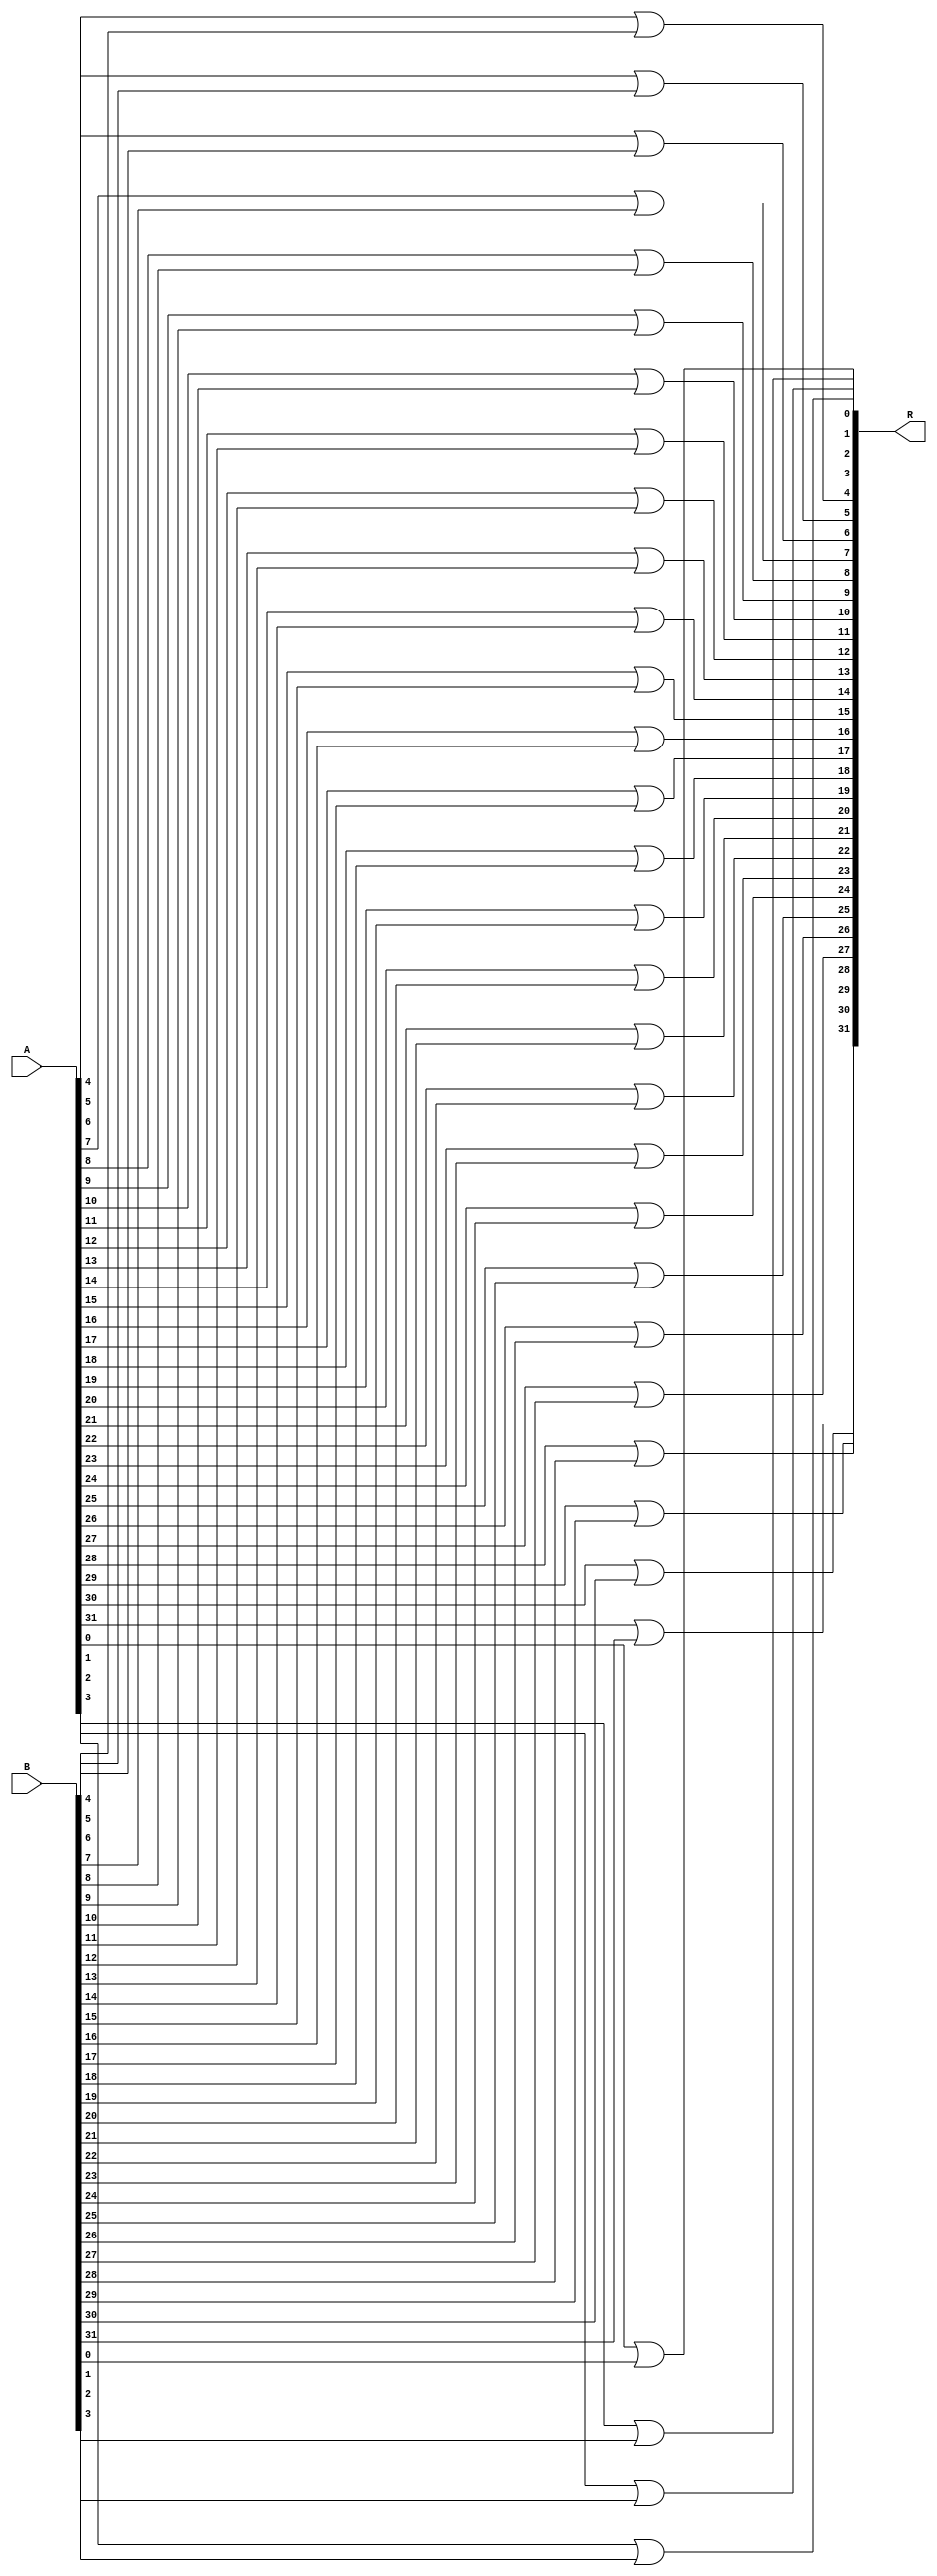
module orop(R, A, B);
   output [31:0] R;  // Result.
   input [31:0]  A;  // Operand
   input [31:0]  B;  // Operand.

   or(R[0], A[0], B[0]);
   or(R[1], A[1], B[1]);
   or(R[2], A[2], B[2]);
   or(R[3], A[3], B[3]);
   or(R[4], A[4], B[4]);
   or(R[5], A[5], B[5]);
   or(R[6], A[6], B[6]);
   or(R[7], A[7], B[7]);
   or(R[8], A[8], B[8]);
   or(R[9], A[9], B[9]);
   or(R[10], A[10], B[10]);
   or(R[11], A[11], B[11]);
   or(R[12], A[12], B[12]);
   or(R[13], A[13], B[13]);
   or(R[14], A[14], B[14]);
	or(R[15], A[15], B[15]);
	or(R[16], A[16], B[16]);
	or(R[17], A[17], B[17]);
	or(R[18], A[18], B[18]);
	or(R[19], A[19], B[19]);
	or(R[20], A[20], B[20]);
	or(R[21], A[21], B[21]);
	or(R[22], A[22], B[22]);
	or(R[23], A[23], B[23]);
	or(R[24], A[24], B[24]);
	or(R[25], A[25], B[25]);
	or(R[26], A[26], B[26]);
	or(R[27], A[27], B[27]);
	or(R[28], A[28], B[28]);
	or(R[29], A[29], B[29]);
	or(R[30], A[30], B[30]);
	or(R[31], A[31], B[31]);
endmodule // orop